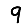
Digit: 9